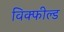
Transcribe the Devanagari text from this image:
विक्फील्ड